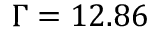
\Gamma = 1 2 . 8 6